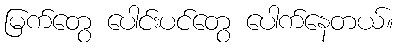
မြက်တွေ ပေါင်းပင်တွေ ပေါက်နေတယ်။